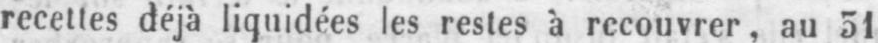
recettes déjà liquidées les restes à recouvrer, au 51